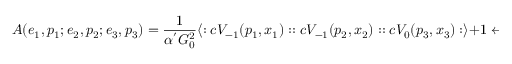
A ( e _ { 1 } , p _ { 1 } ; e _ { 2 } , p _ { 2 } ; e _ { 3 } , p _ { 3 } ) = \frac { 1 } { \alpha ^ { ' } G _ { 0 } ^ { 2 } } \langle : c V _ { - 1 } ( p _ { 1 } , x _ { 1 } ) : : c V _ { - 1 } ( p _ { 2 } , x _ { 2 } ) : : c V _ { 0 } ( p _ { 3 } , x _ { 3 } ) : \rangle + 1 \leftrightarrow 2